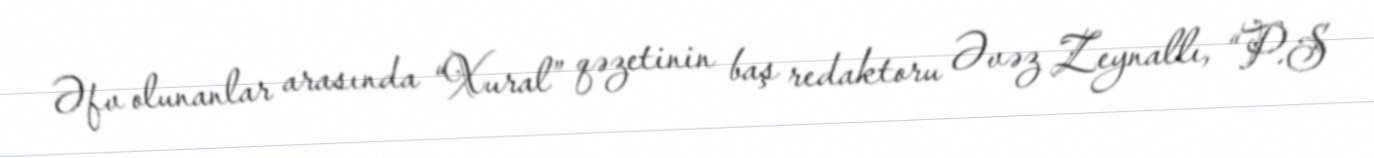
Əfv olunanlar arasında “Xural” qəzetinin baş redaktoru Əvəz Zeynallı, “P.S